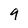
Character: 9